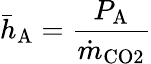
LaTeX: \bar{h}_{\mathrm{A}}=\frac{P_{\mathrm{A}}}{\dot{m}_{\mathrm{CO2}}}